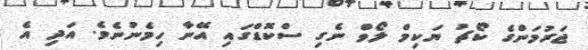
ޖަރުމަންގެ ކޯޗު ޔަކިމް ލޯވް ނެގި ސްކޮޑްގައި އޭނާ ހިމެނުނެވެ. އަދި އެ